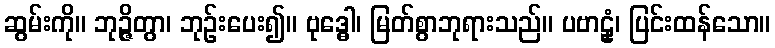
ဆွမ်းကို။ ဘုဉ္ဇိတွာ၊ ဘုဉ်းပေး၍။ ဗုဒ္ဓေါ၊ မြတ်စွာဘုရားသည်။ ပဗာဠှံ၊ ပြင်းထန်သော။